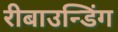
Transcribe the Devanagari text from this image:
रीबाउन्डिंग